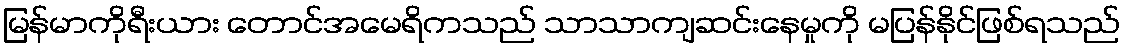
မြန်မာကိုရီးယား တောင်အမေရိကသည် သာသာကျဆင်းနေမှုကို မပြန်နိုင်ဖြစ်ရသည်